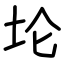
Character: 𫭢